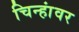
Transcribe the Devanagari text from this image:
चिन्हांवर